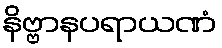
နိဗ္ဗာနပရာယဏံ